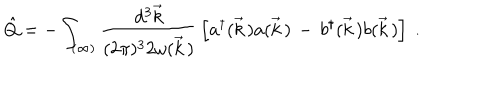
\hat { Q } = - \int _ { ( \infty ) } \frac { d ^ { 3 } \vec { k } } { ( 2 \pi ) ^ { 3 } 2 \omega ( \vec { k } \, ) } \, \left[ a ^ { \dagger } ( \vec { k } \, ) a ( \vec { k } \, ) \, - \, b ^ { \dagger } ( \vec { k } \, ) b ( \vec { k } \, ) \right] \ .